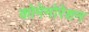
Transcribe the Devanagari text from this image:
कोमेमोरेशन